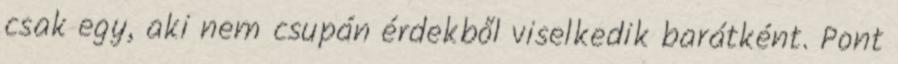
csak egy, aki nem csupán érdekből viselkedik barátként. Pont